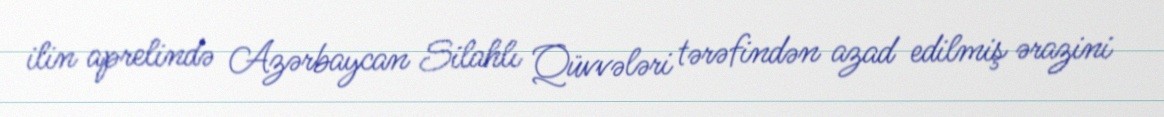
ilin aprelində Azərbaycan Silahlı Qüvvələri tərəfindən azad edilmiş ərazini